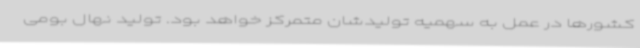
کشورها در عمل به سهمیه تولیدشان متمرکز خواهد بود. تولید نهال بومی